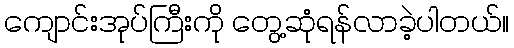
ကျောင်းအုပ်ကြီးကို တွေ့ဆုံရန်လာခဲ့ပါတယ်။